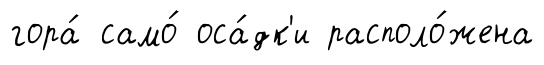
гора́ само́ оса́дк'и располо́жена